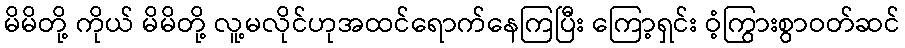
မိမိတို့ ကိုယ် မိမိတို့ လူ့မလိုင်ဟုအထင်ရောက်နေကြပြီး ကြော့ရှင်း ဝံ့ကြွားစွာဝတ်ဆင်